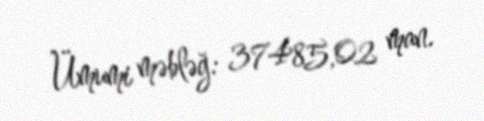
Ümumi məbləğ: 37485,02 man.